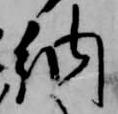
納